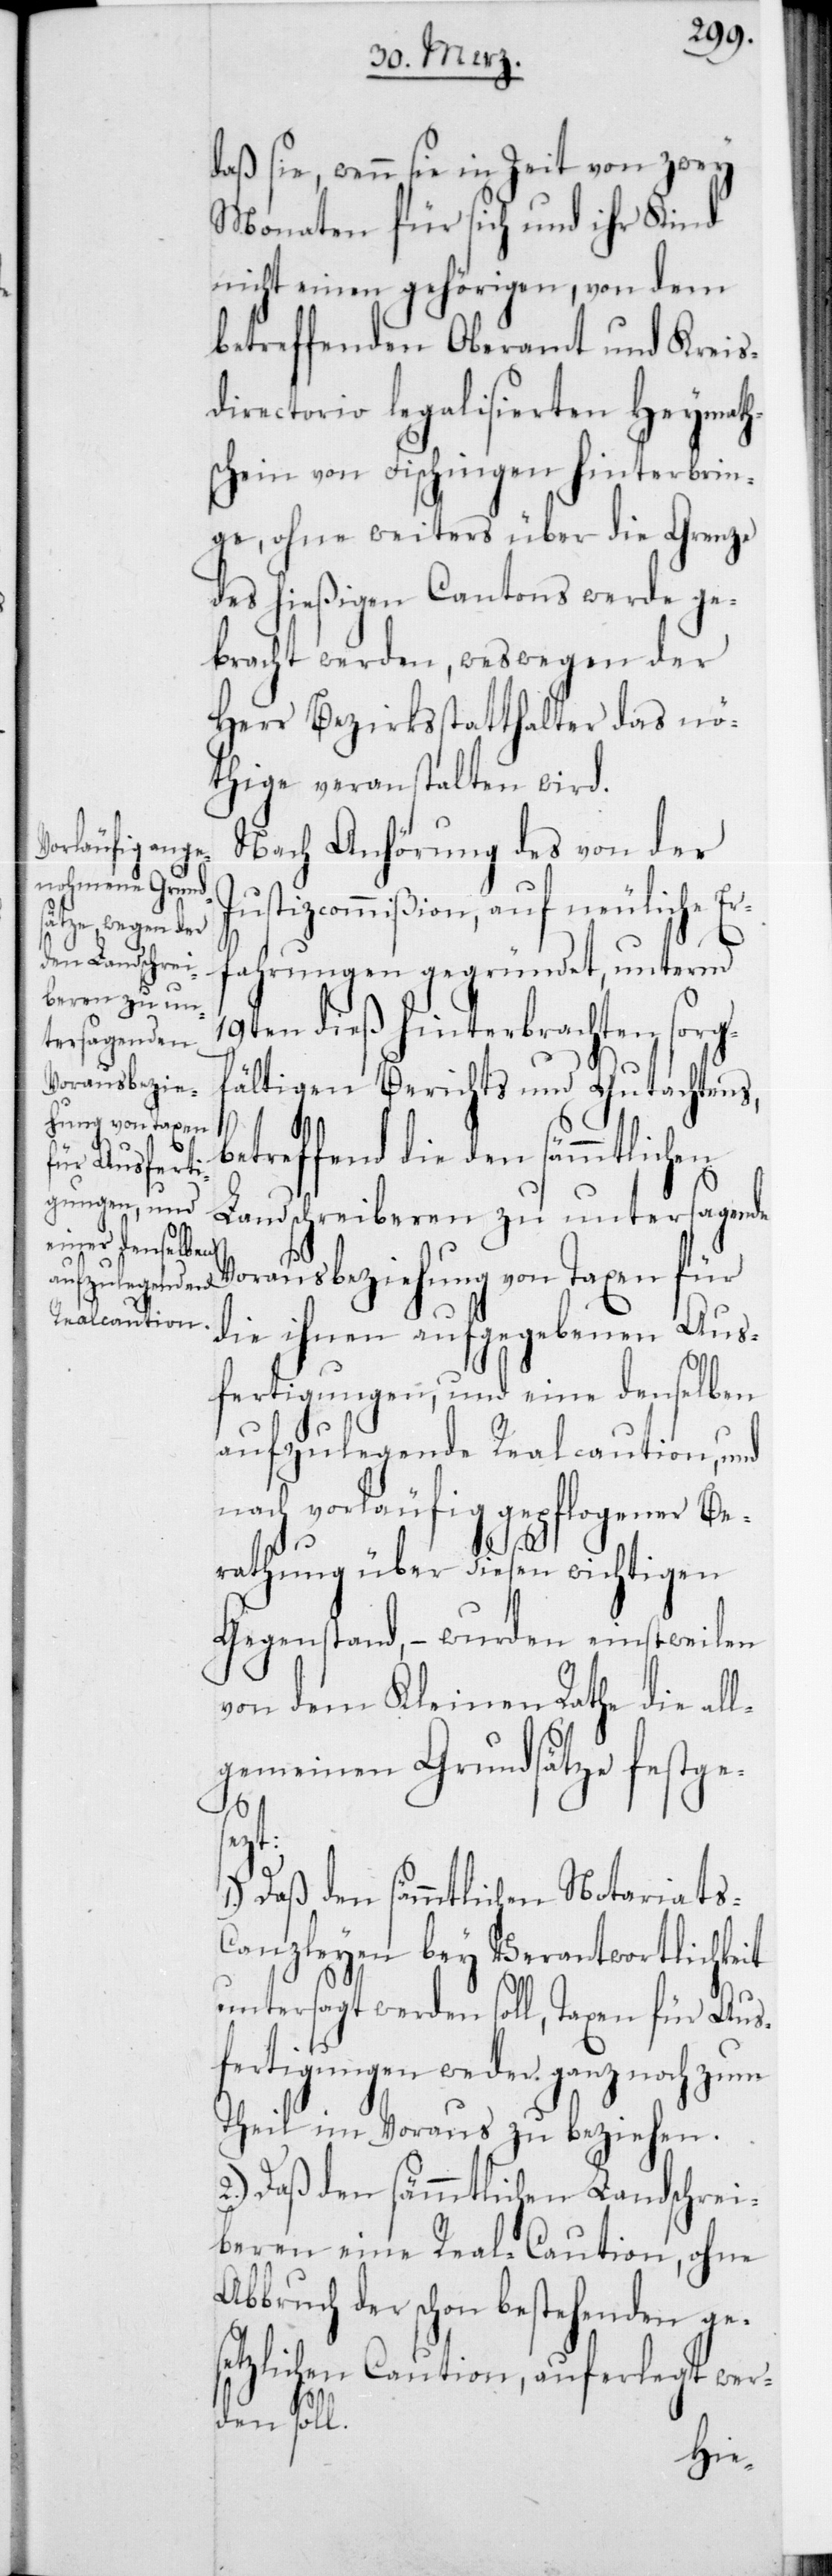
daß sie, wenn sie in Zeit von zwey
Monaten für sich und ihr Kind
nicht einen gehörigen, von dem
betreffenden Oberamt und Kreis¬
directorio legalisierten Heymath¬
schein von Fischingen hinterbrin¬
ge, ohne weiters über die Grenze
des hießigen Cantons werde ge¬
bracht werden, weswegen der
Herr Bezirksstatthalter das nö¬
thige veranstalten wird.
Nach Anhörung des von der
Justizcommißion, auf neuliche Er¬
fahrungen gegründet, unterm
19ten dieß hinterbrachten sorg¬
fältigen Berichts und Gutachtens,
betreffend die den sämmtlichen
Landschreiberen zu untersagende
Vorausbeziehung von Taxen für
die ihnen aufgegebenen Aus¬
fertigungen, und eine denselben
aufzulegende Realcaution, und
nach vorläufig gepflogener Be¬
rathung über diesen wichtigen
Gegenstand, – wurden einstweilen
von dem Kleinen Rathe die all¬
gemeinen Grundsätze festge¬
1.)
sezt:
Daß den sämmtlichen Notariats-C¬
anzleyen bey Verantwortlichkeit
untersagt werden soll, Taxen für Aus¬
fertigungen weder ganz noch zum
Theil im Voraus zu beziehen.
2.) Daß den sämmtlichen Landschrei¬
beren eine Real-Caution, ohne
Abbruch der schon bestehenden ge¬
setzlichen Caution, auferlegt wer¬
den soll.